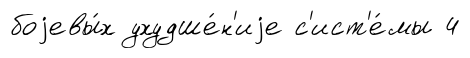
боjевы́х ухудше́н'иjе с'ист'е́мы 4